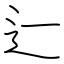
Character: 辷